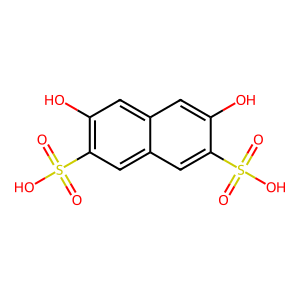
SMILES: O=S(=O)(O)c1cc2cc(S(=O)(=O)O)c(O)cc2cc1O
Inhibits HIV replication: No